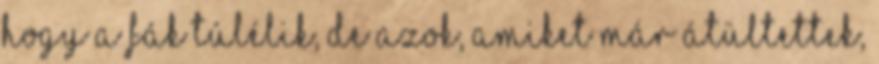
hogy a fák túlélik, de azok, amiket már átültettek,